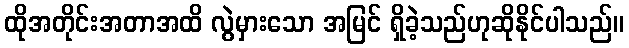
ထိုအတိုင်းအတာအထိ လွဲမှားသော အမြင် ရှိခဲ့သည်ဟုဆိုနိုင်ပါသည်။